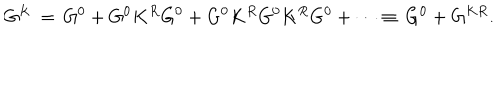
LaTeX: G ^ { K } \, = \, G ^ { 0 } + G ^ { 0 } K ^ { R } G ^ { 0 } + G ^ { 0 } K ^ { R } G ^ { 0 } K ^ { R } G ^ { 0 } + \cdots \equiv \, G ^ { 0 } + G ^ { K R } .